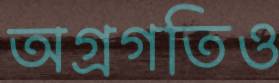
অগ্রগতিও